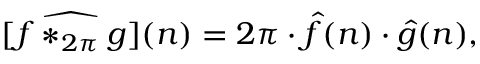
[ { \widehat { f * _ { 2 \pi } g } } ] ( n ) = 2 \pi \cdot { \widehat { f } } ( n ) \cdot { \widehat { g } } ( n ) ,